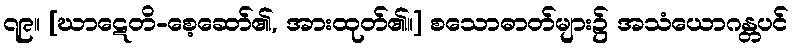
၇၉။ [ဃာဋေတိ-စေ့ဆော်၏, အားထုတ်၏။] စသောဓာတ်များ၌ အသံယောဂန္တပင်